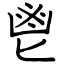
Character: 鬯